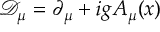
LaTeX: { \mathcal { D } } _ { \mu } = \partial _ { \mu } + i g A _ { \mu } ( x )